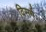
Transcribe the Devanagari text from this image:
विसर्गः